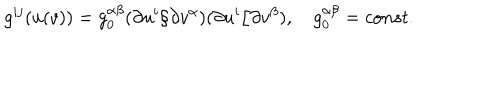
LaTeX: g ^ { i j } ( u ( v ) ) = g _ { 0 } ^ { \alpha \beta } ( \partial u ^ { i } / \partial v ^ { \alpha } ) ( \partial u ^ { i } / \partial v ^ { \beta } ) , g _ { 0 } ^ { \alpha \beta } = c o n s t .